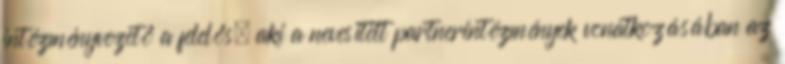
intézményvezető a felelős, aki a nevesített partnerintézmények vonatkozásában az